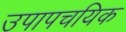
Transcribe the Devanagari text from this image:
उपापचयिक